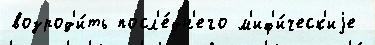
возрод'и́ть посл'е́дн'его м'иф'и́ческ'иjе